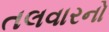
તલવારનો